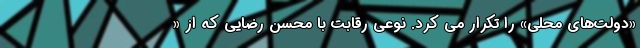
«دولت‌های محلی» را تکرار می کرد. نوعی رقابت با محسن رضایی که از «